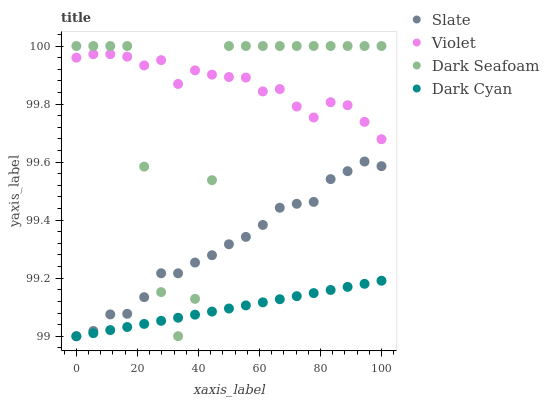
| xaxis_label | Slate | Violet | Dark Seafoam | Dark Cyan |
 | --- | --- | --- | --- | --- |
 | 0 | 99 | 100 | 100 | 99 |
 | 5.56 | 99 | 100 | 100 | 99 |
 | 11.1 | 99.1 | 100 | 100 | 99 |
 | 16.7 | 99.1 | 100 | 100 | 99 |
 | 22.2 | 99.1 | 99.9 | 99.6 | 99 |
 | 27.8 | 99.2 | 100 | 99.2 | 99.1 |
 | 33.3 | 99.2 | 99.9 | 99 | 99.1 |
 | 38.9 | 99.3 | 99.9 | 99.1 | 99.1 |
 | 44.4 | 99.3 | 99.9 | 99.5 | 99.1 |
 | 50 | 99.3 | 99.9 | 100 | 99.1 |
 | 55.6 | 99.3 | 99.9 | 100 | 99.1 |
 | 61.1 | 99.4 | 99.8 | 100 | 99.1 |
 | 66.7 | 99.4 | 99.9 | 100 | 99.1 |
 | 72.2 | 99.5 | 99.8 | 100 | 99.1 |
 | 77.8 | 99.5 | 99.8 | 100 | 99.1 |
 | 83.3 | 99.5 | 99.8 | 100 | 99.2 |
 | 88.9 | 99.6 | 99.8 | 100 | 99.2 |
 | 94.4 | 99.6 | 99.7 | 100 | 99.2 |
 | 100 | 99.6 | 99.7 | 100 | 99.2 |